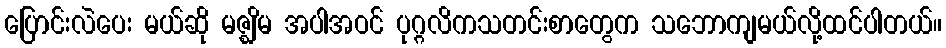
ပြောင်းလဲပေး မယ်ဆို မဇ္ဈိမ အပါအဝင် ပုဂ္ဂလိကသတင်းစာတွေက သဘောကျမယ်လို့ထင်ပါတယ်။